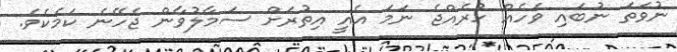
ނުވަތަ ނުބައި ވަހެއް ހުރެއްޖެ ނަމަ އެއީ އިތުރަށް ސަމާލުވާން ޖެހޭނެ ކަމެކެވެ.